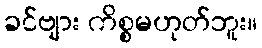
ခင်ဗျား ကိစ္စမဟုတ်ဘူး။